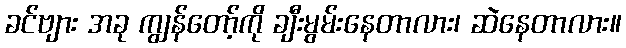
ခင်ဗျား အခု ကျွန်တော့်ကို ချီးမွမ်းနေတာလား၊ ဆဲနေတာလား။